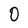
Character: 0